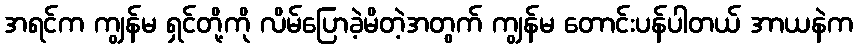
အရင်က ကျွန်မ ရှင်တို့ကို လိမ်ပြောခဲ့မိတဲ့အတွက် ကျွန်မ တောင်းပန်ပါတယ် အာယနဲက